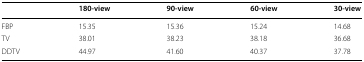
<table><thead><tr><td></td><td><b>180-view</b></td><td><b>90-view</b></td><td><b>60-view</b></td><td><b>30-view</b></td></tr></thead><tbody><tr><td>FBP</td><td>15.35</td><td>15.36</td><td>15.24</td><td>14.68</td></tr><tr><td>TV</td><td>38.01</td><td>38.23</td><td>38.18</td><td>36.68</td></tr><tr><td>DDTV</td><td>44.97</td><td>41.60</td><td>40.37</td><td>37.78</td></tr></tbody></table>